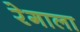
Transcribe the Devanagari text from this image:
रेगाला